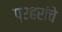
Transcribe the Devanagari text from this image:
प्रहरांचे